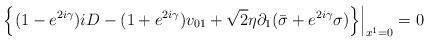
LaTeX: \begin{align*}\left.\left\{(1-e^{2i\gamma})iD-(1+e^{2i\gamma})v_{01}+{\sqrt 2}\eta \partial_1({\bar \sigma}+e^{2i\gamma}\sigma)\right\}\right|_{x^1=0}=0\end{align*}